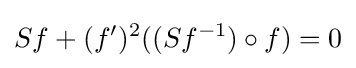
Sf+(f')^{2}((Sf^{-1})\circ f)=0